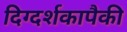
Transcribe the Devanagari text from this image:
दिग्दर्शकापैकी